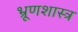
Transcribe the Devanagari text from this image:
भ्रूणशास्त्र